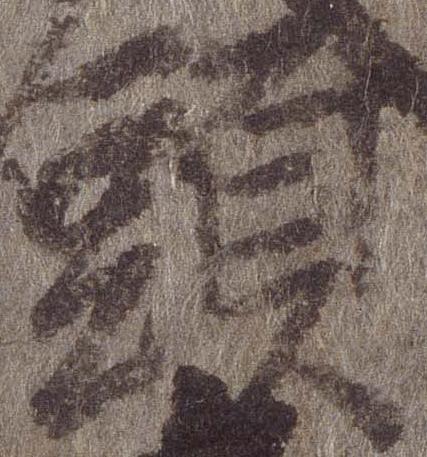
頭